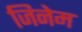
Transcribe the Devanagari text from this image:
जिनेम